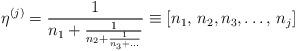
LaTeX: \begin{align*}\eta^{(j)}= \frac{1}{n_1+\frac{1}{n_2 +\frac{1}{n_3+\ldots}}} \equiv [n_1,\,n_2,n_3,\ldots,\,n_j ] \end{align*}